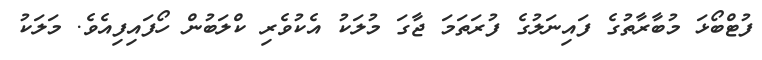
ފުޓްބޯޅަ މުބާރާތުގެ ފައިނަލުގެ ފުރަތަމަ ޖާގަ މުލަކު އެކުވެރި ކްލަބުން ހޯފައިފިއެވެ. މަލަކު